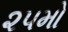
૨૫મો